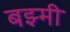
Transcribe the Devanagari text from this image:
बझ्मी